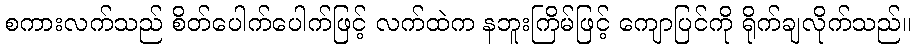
စကားလက်သည် စိတ်ပေါက်ပေါက်ဖြင့် လက်ထဲက နဘူးကြိမ်ဖြင့် ကျောပြင်ကို ရိုက်ချလိုက်သည်။